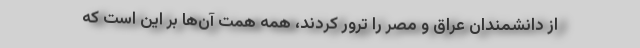
از دانشمندان عراق و مصر را ترور کردند، همه همت آن‌ها بر این است که